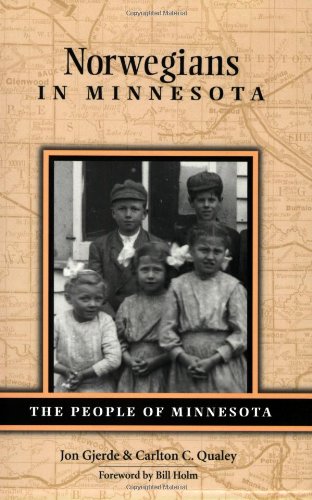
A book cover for Norwegians in Minnesota (People Of Minnesota); Jon Gjerde; Biographies & Memoirs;